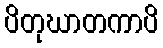
ပိတုဃာတကာပိ